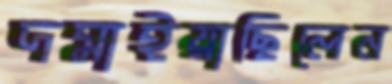
দমাইয়াছিলেন